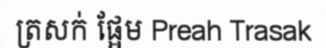
ត្រសក់ ផ្អែម Preah Trasak